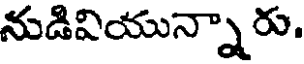
నుడివియున్నారు.